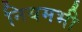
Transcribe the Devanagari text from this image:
नियमभी